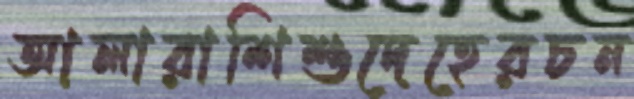
আলারাশিশুদেহেরচন